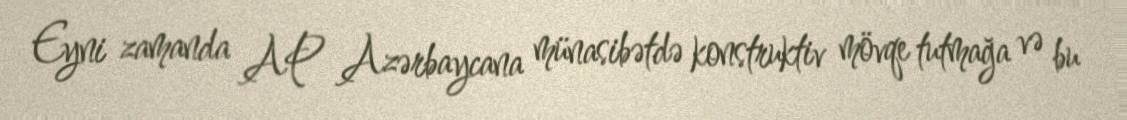
Eyni zamanda AP Azərbaycana münasibətdə konstruktiv mövqe tutmağa və bu